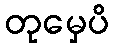
တုမှေပိ